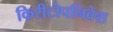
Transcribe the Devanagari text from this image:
किरीटोपनिवेश